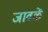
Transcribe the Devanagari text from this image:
जावळें